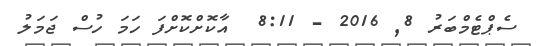
ސެޕްޓެމްބަރު 8